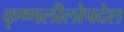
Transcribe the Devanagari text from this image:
कृष्णलीलोपदेश